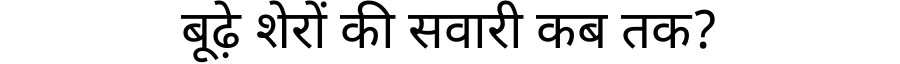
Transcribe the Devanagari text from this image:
बूढ़े शेरों की सवारी कब तक?